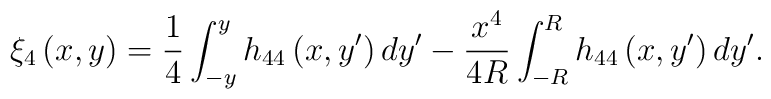
\xi_{4}\left(x,y\right)=\frac{1}{4}\int_{-y}^{y}h_{44}\left(x,y'\right)dy' -\frac{x^{4}}{4 R}\int_{-R}^{R}h_{44}\left(x,y' \right)dy' .